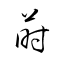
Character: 蒔